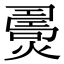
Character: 𤎧